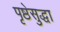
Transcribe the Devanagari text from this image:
पृष्ठेसुद्धा